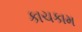
કાચકામ